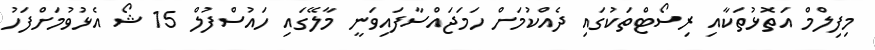
މިފިލްމް އަތޮޅުތަކާއި ރިސޯޓްތަކުގައި ދެއްކުމަށް ހަމަޖައްސާފައިވަނީ މާލޭގައި ހައުސްފުލް 15 ޝޯ އެޅުވުމަށްފަހު